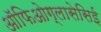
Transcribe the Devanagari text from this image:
ऑफिओग्लासेसिई